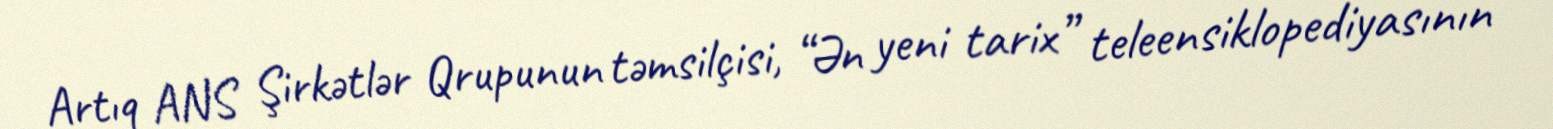
Artıq ANS Şirkətlər Qrupunun təmsilçisi, “Ən yeni tarix” teleensiklopediyasının